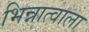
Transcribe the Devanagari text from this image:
भिन्नात्वाला